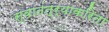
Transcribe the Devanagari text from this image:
स्वातंत्र्याकरिता